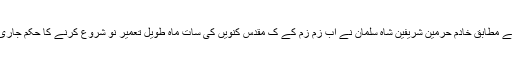
تفصیلات کے مطابق خادمِ حرمین شریفین شاہ سلمان نے آبِ زم زم کے ک مقدس کنویں کی سات ماہ طویل تعمیرِ نو شروع کرنے کا حکم جاری کردیا ہے۔